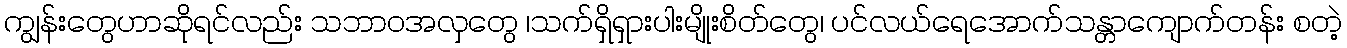
ကျွန်းတွေဟာဆိုရင်လည်း သဘာဝအလှတွေ ၊သက်ရှိရှားပါးမျိုးစိတ်တွေ၊ ပင်လယ်ရေအောက်သန္တာကျောက်တန်း စတဲ့